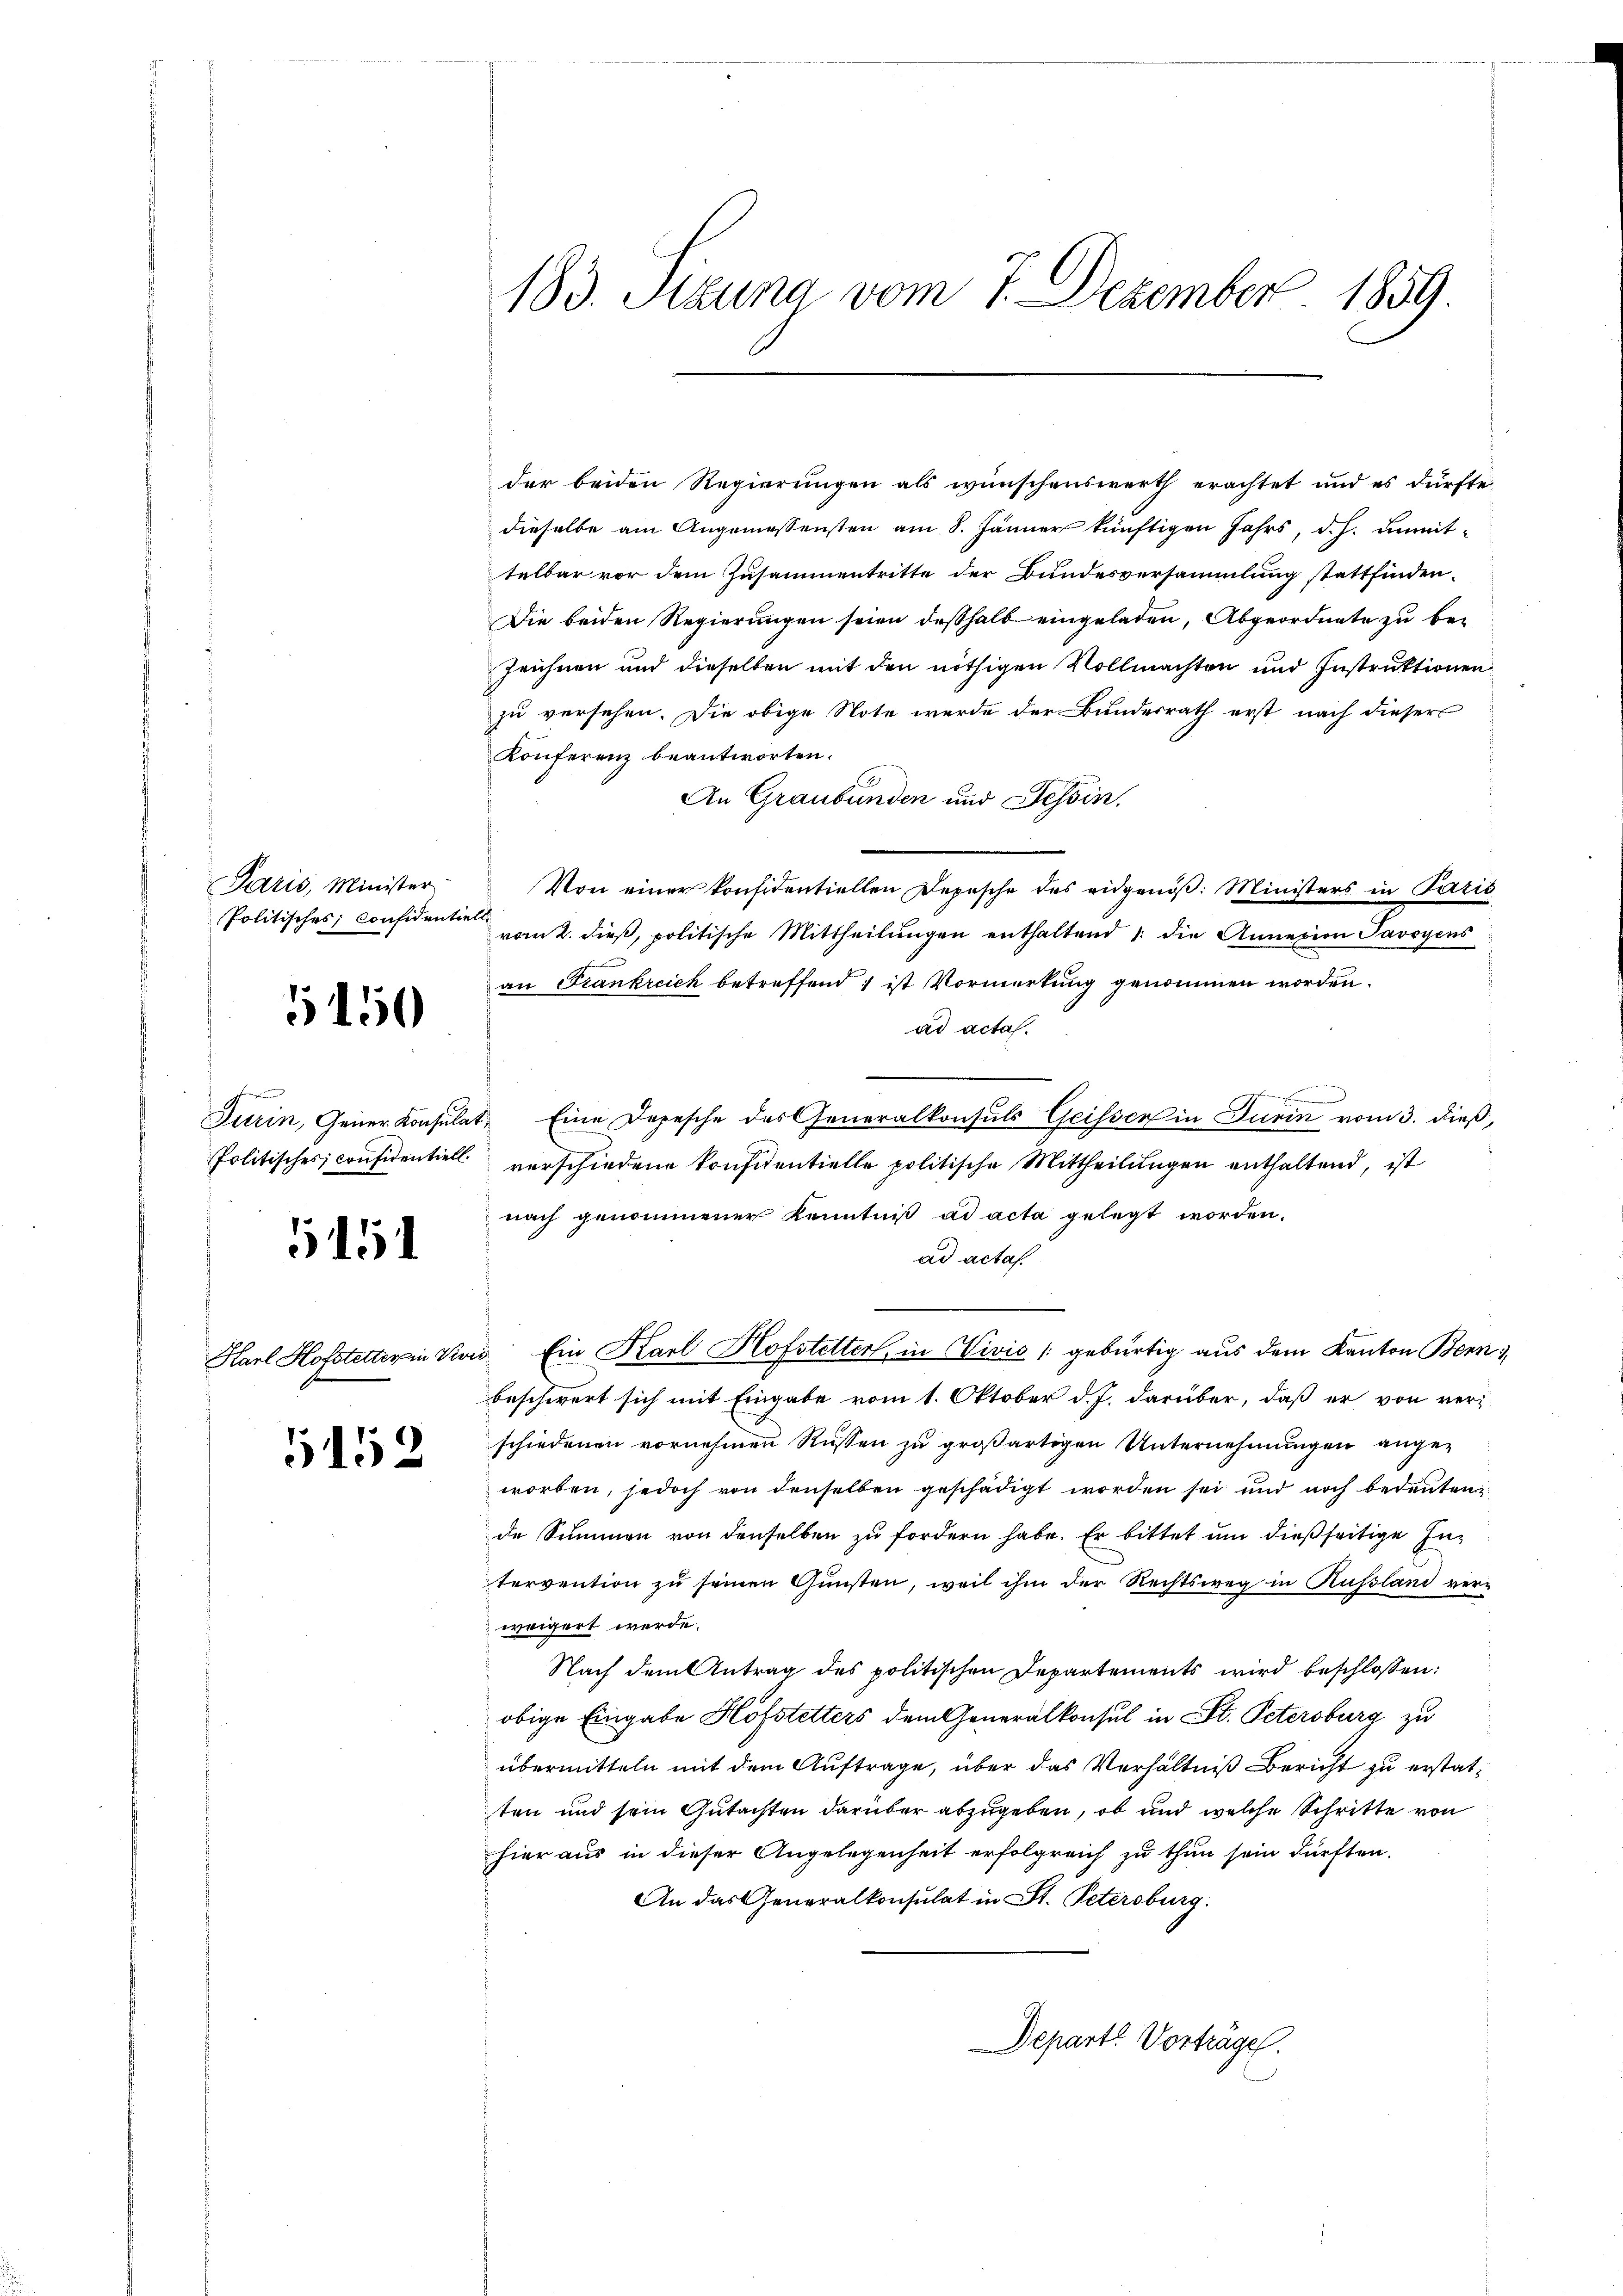
Paris, Minister
Politisches Considentie

5150

i
Turin, Gener Konsulat
Politisches, considentiell.

5151

Harl Hofstetter in Ver

5152

183. Sitzung vom 1. Dezember 1859

der beiden Regierungen als wünschenswerth erachtet und es dürfte,
dieselbe am Angemessensten am 8. Jänner künftigen Jahrs, d. h. unmittelbar vor dem Zusammentritte der Bundesversammlung stattfinden-
Die beiden Regierungen seien deßhalb eingeladen, Abgeordnete zu be¬
Zeichnen und dieselben mit den nöthigen Vollmachten und Instruktionen
zu versehen. Die obige Note werde der Bundesrath erst nach dieser
Konferenz beantworten.
An Graubünden und Tessin,
Von einer konfidentiellen Depesche des eidgenöß: Ministers in Paris
vom 2. dieß, politische Mittheilungen enthaltend die Annexion Savoyens
an Frankreich betreffend 1 ist Vormerkung genommen worden.
ad acta.

u
Eine Depesche des Generalkonsuls Geisser in Turin vom 3. dieß,
verschiedene Konsidentielle politische Mittheilungen enthaltend, ist
nach genommener Kenntniß ad acta gelegt worden.
ad actas.
 Ein Karl Hofstetter, in Civić [gebürtig aus dem Kanton Bern
beschwert sich mit Eingabe vom 1. Oktober d. J. darüber, daß er von ver-
schiedenen vornehmen Rüssen zu großartigen Unternehmungen angeworben, jedoch von denselben geschädigt worden sei und noch bedeuten
de Summen von denselben zu fordern habe. Er bittet um dießseitige Intervention zu seinen Gunsten, weil ihm der Rechtsweg in Russland verweigert werde.
Nach dem Antrag des politischen Departements wird beschlossen:
obige Eingabe Hofstetters dem Generalkonsul in St. Petersburg zu
übermitteln mit dem Auftrage, über das Verhältniß Bericht zu erstatten und sein Gutachten darüber abzugeben, ob und welche Schritte von
hier aus in dieser Angelegenheit erfolgreich zu thun sein dürften.
An das Generalkonsulat in St. Petersburg.
Depart. Vorträge.